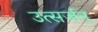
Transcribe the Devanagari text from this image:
उत्सर्जन्